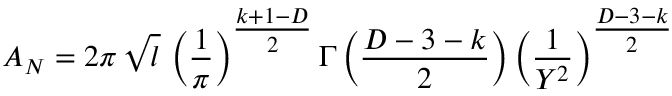
A _ { N } = 2 \pi \, \sqrt { l } \, \left( \frac { 1 } { \pi } \right) ^ { { \textstyle \frac { k + 1 - D } { 2 } } } \Gamma \left( \frac { D - 3 - k } { 2 } \right) \left( \frac { 1 } { Y ^ { 2 } } \right) ^ { { \textstyle \frac { D - 3 - k } { 2 } } }